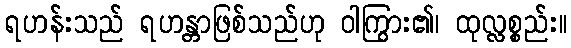
ရဟန်းသည် ရဟန္တာဖြစ်သည်ဟု ဝါကြွား၏၊ ထုလ္လစ္စည်း။